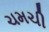
ચમચી